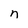
Character: n